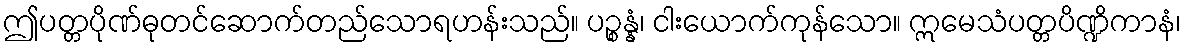
ဤပတ္တပိုဏ်ဓုတင်ဆောက်တည်သောရဟန်းသည်။ ပဉ္စန္နံ၊ ငါးယောက်ကုန်သော။ ဣမေသံပတ္တပိဏ္ဍိကာနံ၊